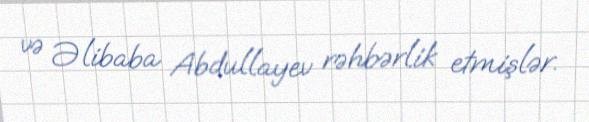
və Əlibaba Abdullayev rəhbərlik etmişlər.